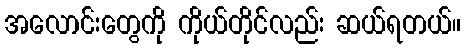
အလောင်းတွေကို ကိုယ်တိုင်လည်း ဆယ်ရတယ်။